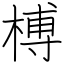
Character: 榑